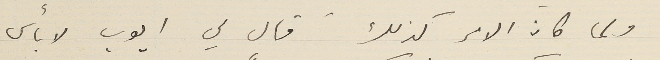
ولما كان الامر كذلك قال لي ايوب لا بأس